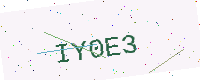
Text: IY0E3